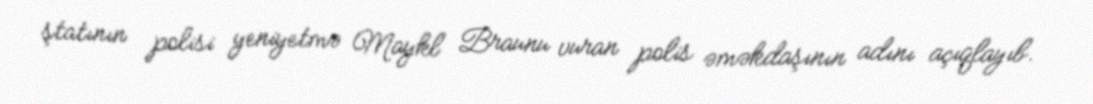
ştatının polisi yeniyetmə Maykl Braunu vuran polis əməkdaşının adını açıqlayıb.